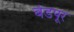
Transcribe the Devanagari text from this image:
बंडपूर